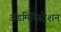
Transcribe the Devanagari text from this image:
अॅडमिनिस्ट्रेशन